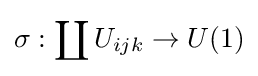
\sigma :\coprod U_{ijk}\to U(1)